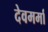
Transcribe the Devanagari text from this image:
देवमर्मा